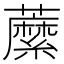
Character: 䕷